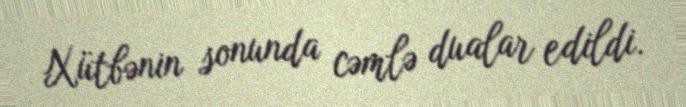
Xütbənin sonunda cəmlə dualar edildi.